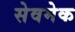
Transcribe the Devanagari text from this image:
सेवमेक